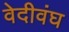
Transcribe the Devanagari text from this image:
वेदीवंघ